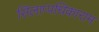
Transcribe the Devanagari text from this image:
सिलाप्पधिकाराम